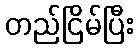
တည်ငြိမ်ပြီး